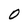
Character: 0